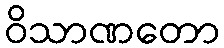
ဝိသာဏတော